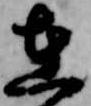
在